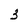
Character: 3